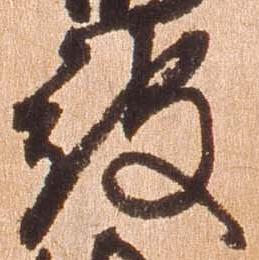
被